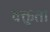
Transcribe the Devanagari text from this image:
वक्तुता